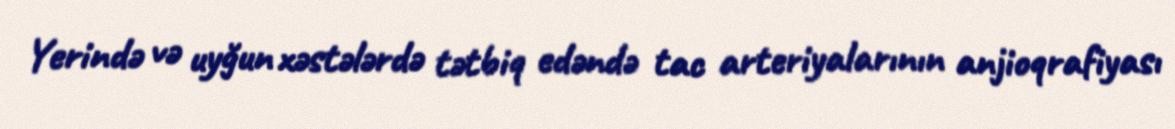
Yerində və uyğun xəstələrdə tətbiq edəndə tac arteriyalarının anjioqrafiyası